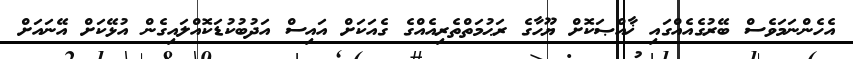
އެހެންނަމަވެސް ބޭރުގެއެއްގައި ޚާއްޞަކޮށް ޔޫހާގެ ރަޙުމަތްތެރިއެއްގެ ގެއަކަށް އައިސް އަދުބުކުޑަކޮއްލައިގެން އުޅޭކަށް އޭނައަށް